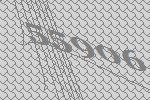
55906